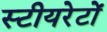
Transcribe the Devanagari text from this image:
स्टीयरेटों